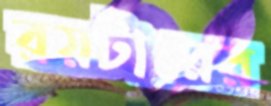
রয়টারের